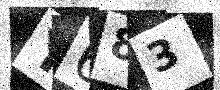
Text: Y683